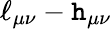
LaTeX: \ell_{\mu\nu}-\mathtt{h}_{\mu\nu}